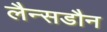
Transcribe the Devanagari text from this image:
लैन्सडौन